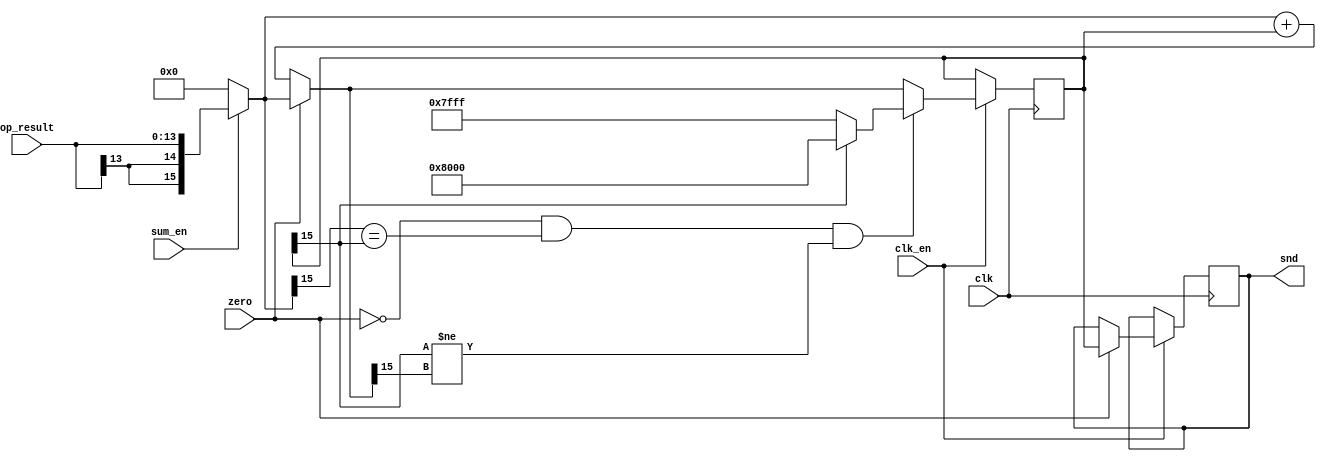
/* This file is part of JT12.

 
    JT12 program is free software: you can redistribute it and/or modify
    it under the terms of the GNU General Public License as published by
    the Free Software Foundation, either version 3 of the License, or
    (at your option) any later version.

    JT12 program is distributed in the hope that it will be useful,
    but WITHOUT ANY WARRANTY; without even the implied warranty of
    MERCHANTABILITY or FITNESS FOR A PARTICULAR PURPOSE.  See the
    GNU General Public License for more details.

    You should have received a copy of the GNU General Public License
    along with JT12.  If not, see <http://www.gnu.org/licenses/>.

    Author: Jose Tejada Gomez. Twitter: @topapate
    Version: 1.0
    Date: 27-1-2017 
    
*/

// Accumulates an arbitrary number of inputs with saturation
// restart the sum when input "zero" is high


module jt12_single_acc #(parameter 
        win=14, // input data width 
        wout=16 // output data width
)(
    input                 clk,
    input                 clk_en /* synthesis direct_enable */,
    input [win-1:0]       op_result,
    input                 sum_en,
    input                 zero,
    output reg [wout-1:0] snd
);

// for full resolution use win=14, wout=16
// for cut down resolution use win=9, wout=12
// wout-win should be > 0

reg signed [wout-1:0] next, acc, current;
reg overflow;

wire [wout-1:0] plus_inf  = { 1'b0, {(wout-1){1'b1}} }; // maximum positive value
wire [wout-1:0] minus_inf = { 1'b1, {(wout-1){1'b0}} }; // minimum negative value

always @(*) begin
    current = sum_en ? { {(wout-win){op_result[win-1]}}, op_result } : {wout{1'b0}};
    next = zero ? current : current + acc;
    overflow = !zero && 
        (current[wout-1] == acc[wout-1]) && 
        (acc[wout-1]!=next[wout-1]);
end

always @(posedge clk) if( clk_en ) begin
    acc <= overflow ? (acc[wout-1] ? minus_inf : plus_inf) : next;
    if(zero) snd <= acc;
end

endmodule // jt12_single_acc